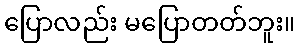
ပြောလည်း မပြောတတ်ဘူး။